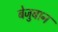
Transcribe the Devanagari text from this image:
बेजुबान